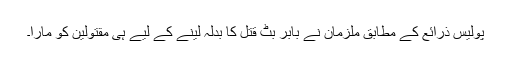
پولیس ذرائع کے مطابق ملزمان نے بابر بٹ قتل کا بدلہ لینے کے لیے ہی مقتولین کو مارا۔